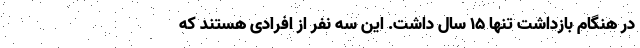
در هنگام بازداشت تنها 15 سال داشت. این سه نفر از افرادی هستند که